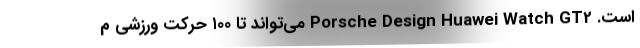
است. Porsche Design Huawei Watch GT2 می‌تواند تا ۱۰۰ حرکت ورزشی م